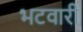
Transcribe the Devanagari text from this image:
भटवारी